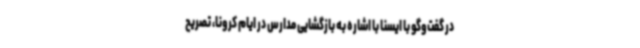
در گفت‌وگو با ایسنا با اشاره به بازگشایی مدارس در ایام کرونا، تصریح